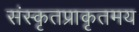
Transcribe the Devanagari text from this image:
संस्कृतप्राकृतमय